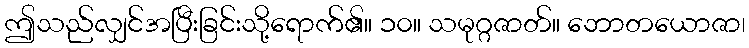
ဤသည်လျှင်အပြီးခြင်းသို့ရောက်၏။ ၁၀။ သမုဂ္ဂဇာတ်။ ဘောတယောဇာ၊